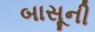
બાસૂની